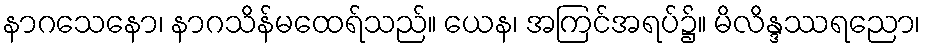
နာဂသေနော၊ နာဂသိန်မထေရ်သည်။ ယေန၊ အကြင်အရပ်၌။ မိလိန္ဒဿရညော၊